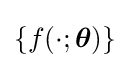
\left\{f(\cdot ;{\boldsymbol {\theta }})\right\}